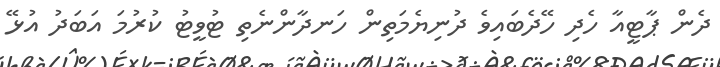
ދެން ޕާޓީއާ ހެދި ހޭދެބައިވެ ދުނިޔެމަތިން ހަނދާންނެތި ޓުވީޓު ކުރުމަ އަބަދު އުޅޭ